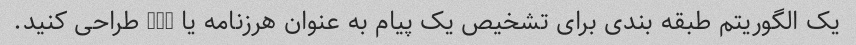
یک الگوریتم طبقه بندی برای تشخیص یک پیام به عنوان هرزنامه یا ham طراحی کنید.